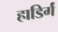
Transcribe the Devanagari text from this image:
हाडिर्गं